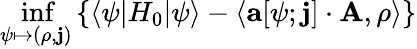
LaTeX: \operatorname*{inf}_{\psi\mapsto(\rho,\mathbf{j})}\left\{ \langle\psi|H_{0}|\psi\rangle-\langle\mathbf{a}[\psi;\mathbf{j}]\cdot\mathbf{A},\rho\rangle\right\}